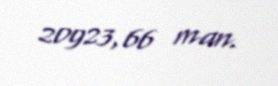
20923,66 man.